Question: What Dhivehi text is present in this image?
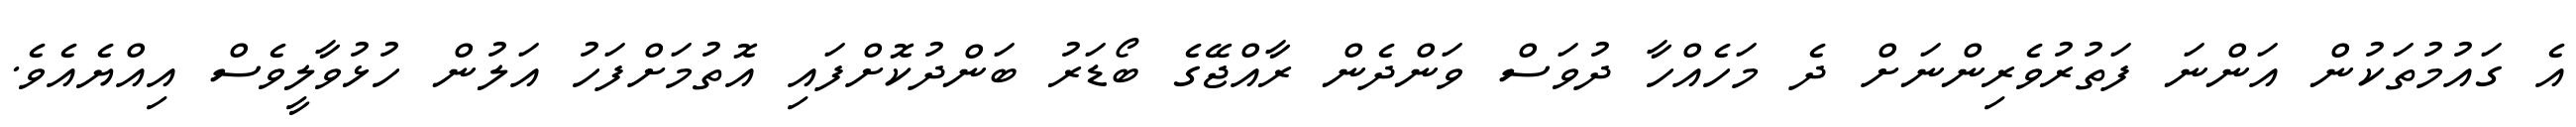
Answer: އެ ގައުމުތަކުން އަންނަ ފަތުރުވެރިންނަށް ދެ މަހެއްހާ ދުވަސް ވަންދެން ރާއްޖޭގެ ބޯޑަރު ބަންދުކޮށްފައި އޮތުމަށްފަހު އަލުން ހުޅުވާލީވެސް އިއްޔެއެވެ.